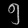
Digit: ၅